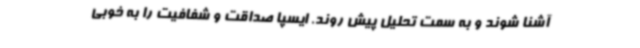
آشنا شوند و به سمت تحلیل پیش روند. ایسپا صداقت و شفافیت را به خوبی